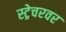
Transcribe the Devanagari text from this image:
स्ट्रेचरवर